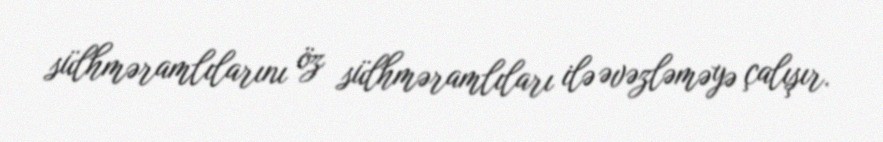
sülhməramlılarını öz sülhməramlıları ilə əvəzləməyə çalışır.